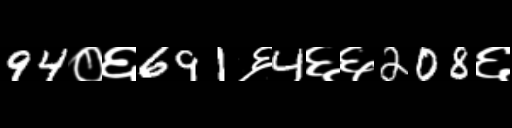
Text: 94०६691६4६६208६